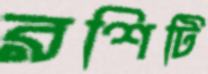
রশিটি